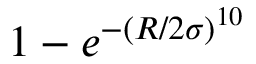
1 - e ^ { - ( R / 2 \sigma ) ^ { 1 0 } }